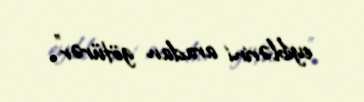
eyiblərini aradan götürər”.